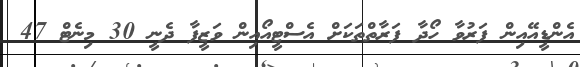
އެންޑީއޭއިން ފަރުވާ ހޯދާ ފަރާތްތަކަށް އެސްޓީއޯއިން ވަޒީފާ ދެނީ 30 މިނެޓް 47